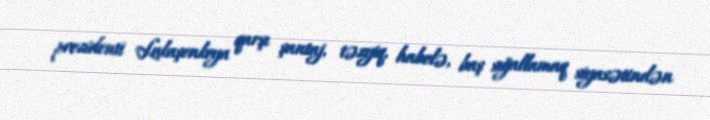
prezidenti Lukaşenkoya qarşı şantaj, təzyiq, habelə, baş sığallamaq siyasətindən